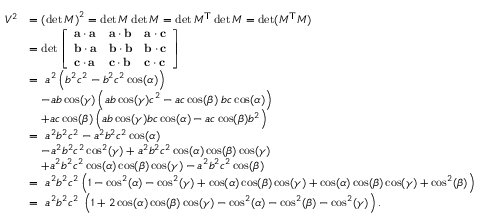
{ \begin{array} { r l } { V ^ { 2 } } & { = \left( \operatorname* { d e t } M \right) ^ { 2 } = \operatorname* { d e t } M \operatorname* { d e t } M = \operatorname* { d e t } M ^ { \mathsf { T } } \operatorname* { d e t } M = \operatorname* { d e t } ( M ^ { \mathsf { T } } M ) } \\ & { = \operatorname* { d e t } { \left[ \begin{array} { l l l } { \mathbf { a } \cdot \mathbf { a } } & { \mathbf { a } \cdot \mathbf { b } } & { \mathbf { a } \cdot \mathbf { c } } \\ { \mathbf { b } \cdot \mathbf { a } } & { \mathbf { b } \cdot \mathbf { b } } & { \mathbf { b } \cdot \mathbf { c } } \\ { \mathbf { c } \cdot \mathbf { a } } & { \mathbf { c } \cdot \mathbf { b } } & { \mathbf { c } \cdot \mathbf { c } } \end{array} \right] } } \\ & { = \ a ^ { 2 } \left( b ^ { 2 } c ^ { 2 } - b ^ { 2 } c ^ { 2 } \cos ( \alpha ) \right) } \\ & { \quad - a b \cos ( \gamma ) \left( a b \cos ( \gamma ) c ^ { 2 } - a c \cos ( \beta ) \; b c \cos ( \alpha ) \right) } \\ & { \quad + a c \cos ( \beta ) \left( a b \cos ( \gamma ) b c \cos ( \alpha ) - a c \cos ( \beta ) b ^ { 2 } \right) } \\ & { = \ a ^ { 2 } b ^ { 2 } c ^ { 2 } - a ^ { 2 } b ^ { 2 } c ^ { 2 } \cos ( \alpha ) } \\ & { \quad - a ^ { 2 } b ^ { 2 } c ^ { 2 } \cos ^ { 2 } ( \gamma ) + a ^ { 2 } b ^ { 2 } c ^ { 2 } \cos ( \alpha ) \cos ( \beta ) \cos ( \gamma ) } \\ & { \quad + a ^ { 2 } b ^ { 2 } c ^ { 2 } \cos ( \alpha ) \cos ( \beta ) \cos ( \gamma ) - a ^ { 2 } b ^ { 2 } c ^ { 2 } \cos ( \beta ) } \\ & { = \ a ^ { 2 } b ^ { 2 } c ^ { 2 } \left( 1 - \cos ^ { 2 } ( \alpha ) - \cos ^ { 2 } ( \gamma ) + \cos ( \alpha ) \cos ( \beta ) \cos ( \gamma ) + \cos ( \alpha ) \cos ( \beta ) \cos ( \gamma ) + \cos ^ { 2 } ( \beta ) \right) } \\ & { = \ a ^ { 2 } b ^ { 2 } c ^ { 2 } \; \left( 1 + 2 \cos ( \alpha ) \cos ( \beta ) \cos ( \gamma ) - \cos ^ { 2 } ( \alpha ) - \cos ^ { 2 } ( \beta ) - \cos ^ { 2 } ( \gamma ) \right) . } \end{array} }